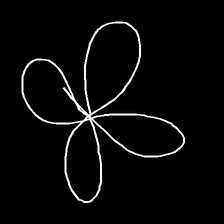
Glyph: billowing